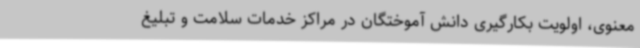
معنوی، اولویت بکارگیری دانش آموختگان در مراکز خدمات سلامت و تبلیغ